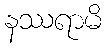
နဿရာမိ